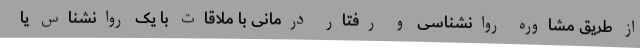
از طریق مشاوره روانشناسی و رفتار درمانی با ملاقات با یک روانشناس یا